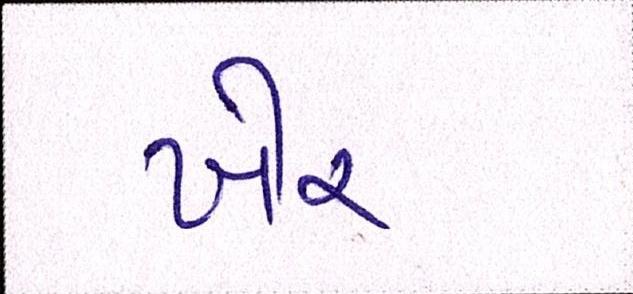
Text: ખેર